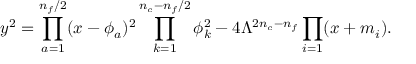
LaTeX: y ^ { 2 } = \prod _ { a = 1 } ^ { n _ { f } / 2 } ( x - \phi _ { a } ) ^ { 2 } \prod _ { k = 1 } ^ { n _ { c } - n _ { f } / 2 } \phi _ { k } ^ { 2 } - 4 \Lambda ^ { 2 n _ { c } - n _ { f } } \prod _ { i = 1 } ( x + m _ { i } ) .